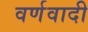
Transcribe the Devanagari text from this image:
वर्णवादी